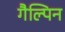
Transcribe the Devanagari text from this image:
गैल्पिन